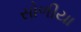
સોળીયા